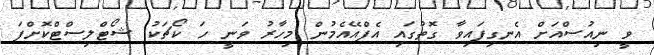
ވީ ނިއުސްއަށް އެނގިފައިވާ ގޮތުގައި އެފްއޭއެމުން މިހާރު ވަނީ ހަ ކޯޗަކު ޝޯޓްލިސްޓްކޮށްފަ